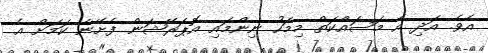
އެވެ. އަދި އެ މަސައްކަތް މިމަހު ނިންމައި އޮޕަރޭޝަން ފެށޭނެ ކަމަށް އެ